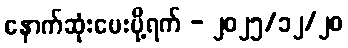
နောက်ဆုံးပေးပို့ရက် - ၂၀၂၅/၁၂/၂၀